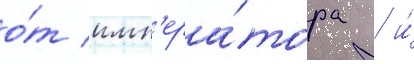
о́т имп'ера́тора / и́